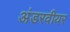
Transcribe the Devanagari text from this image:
अंडरवीयर